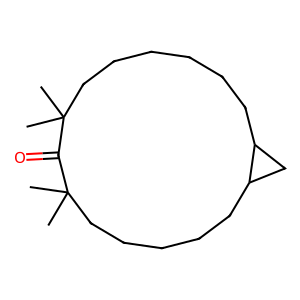
SMILES: CC1(C)CCCCCCC2CC2CCCCCC(C)(C)C1=O
Inhibits HIV replication: No